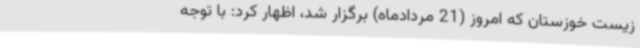
زیست خوزستان که امروز (21 مردادماه) برگزار شد، اظهار کرد: با توجه